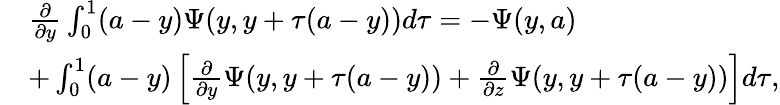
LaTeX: \begin{array}{rl}&{\frac{\partial}{\partial y}\int_{0}^{1}(a-y)\Psi(y,y+\tau(a-y))d\tau=-\Psi(y,a)}\\ &{+\int_{0}^{1}(a-y)\left[\frac{\partial}{\partial y}\Psi(y,y+\tau(a-y))+\frac{\partial}{\partial z}\Psi(y,y+\tau(a-y))\right]d\tau,}\end{array}